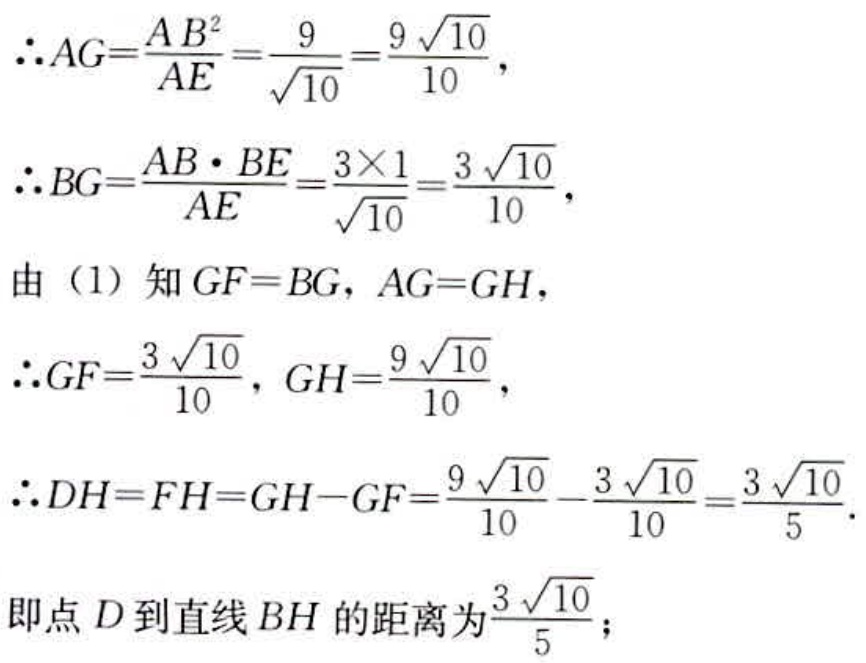
\[\begin{align*}
&\therefore AG = \frac{AB^{2}}{AE}=\frac{9}{\sqrt{10}}=\frac{9\sqrt{10}}{10},\\
&\therefore BG=\frac{AB\cdot BE}{AE}=\frac{3\times1}{\sqrt{10}}=\frac{3\sqrt{10}}{10},\\
&\text{由（1）知}GF = BG,AG = GH,\\
&\therefore GF=\frac{3\sqrt{10}}{10},GH=\frac{9\sqrt{10}}{10},\\
&\therefore DH = FH=GH - GF=\frac{9\sqrt{10}}{10}-\frac{3\sqrt{10}}{10}=\frac{3\sqrt{10}}{5}.\\
&\text{即点}D\text{到直线}BH\text{的距离为}\frac{3\sqrt{10}}{5};
\end{align*}\]